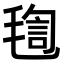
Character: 𣮴